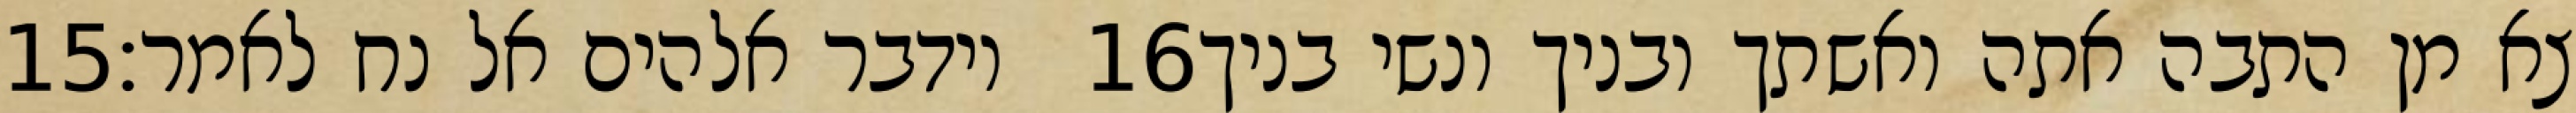
‎15‏ וידבר אלהים אל נח לאמר׃ ‎16‏ צא מן התבה אתה ואשתך ובניך ונשי בניך